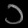
Digit: ၁